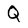
Character: Q